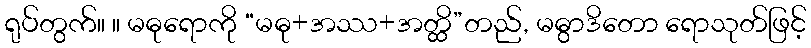
ရုပ်တွက်။ ။ မဓုရောကို “မဓု+အဿ+အတ္ထိ”တည်, မဓွာဒိတော ရောသုတ်ဖြင့်